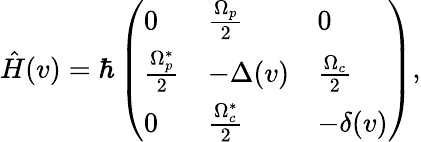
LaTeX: \hat{H}(v)=\hbar\left(\begin{array}{lll}{0}&{\frac{\Omega_{p}}{2}}&{0}\\ {\frac{\Omega_{p}^{*}}{2}}&{-\Delta(v)}&{\frac{\Omega_{c}}{2}}\\ {0}&{\frac{\Omega_{c}^{*}}{2}}&{-\delta(v)}\end{array}\right),